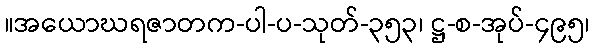
။အယောဃရဇာတက-ပါ-ပ-သုတ်-၃၅၃၊ ဋ္ဌ-စ-အုပ်-၄၉၅၊